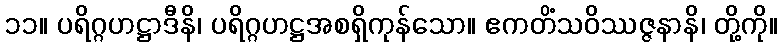
၁၁။ ပရိဂ္ဂဟဋ္ဌာဒီနိ၊ ပရိဂ္ဂဟဋ္ဌအစရှိကုန်သော။ ဧကတိံသဝိဿဇ္ဇနာနိ၊ တို့ကို။